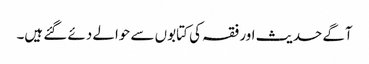
آگے حدیث اور فقہ کی کتابوں سے حوالے دئے گئے ہیں۔